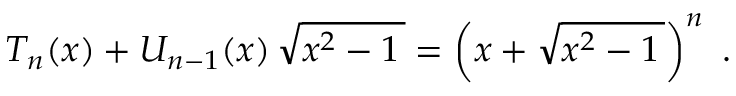
T _ { n } ( x ) + U _ { n - 1 } ( x ) \, { \sqrt { x ^ { 2 } - 1 \, } } = \left( x + { \sqrt { x ^ { 2 } - 1 \, } } \right) ^ { n } ~ .